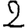
Digit: 2